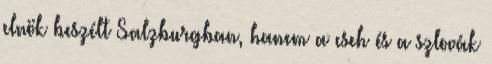
elnök beszélt Salzburgban, hanem a cseh és a szlovák